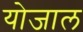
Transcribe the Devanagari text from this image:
योजाल